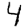
Digit: 4